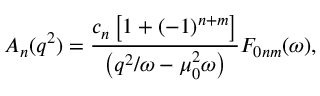
{ \cal A } _ { n } ( q ^ { 2 } ) = \frac { c _ { n } \left[ 1 + ( - 1 ) ^ { n + m } \right] } { \left( q ^ { 2 } / \omega - \mu _ { 0 } ^ { 2 } \omega \right) } F _ { 0 n m } ( \omega ) ,